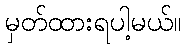
မှတ်ထားရပါ့မယ်။